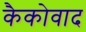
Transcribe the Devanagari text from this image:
कैकोवाद